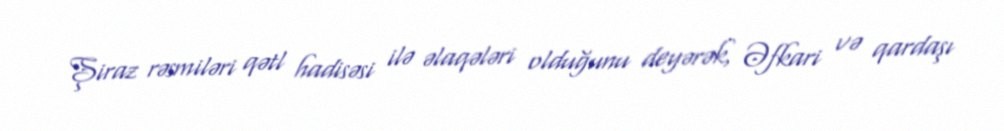
Şiraz rəsmiləri qətl hadisəsi ilə əlaqələri olduğunu deyərək, Əfkari və qardaşı